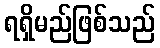
ရရှိမည်ဖြစ်သည်